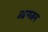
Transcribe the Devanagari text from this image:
व्यनजन